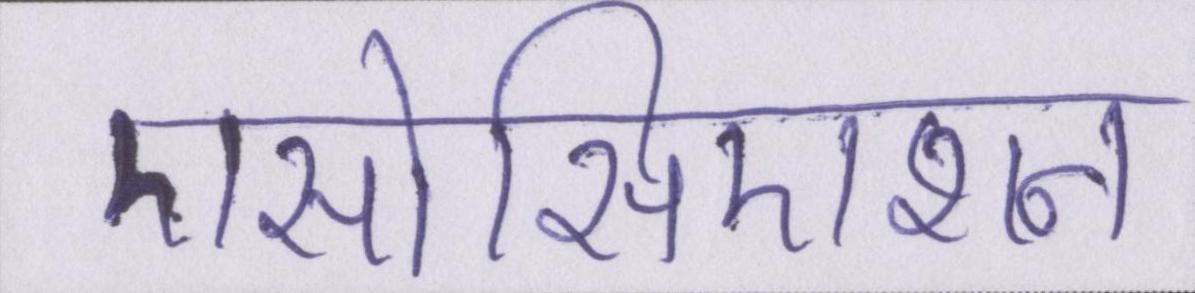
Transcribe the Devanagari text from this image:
एसोसिएशन